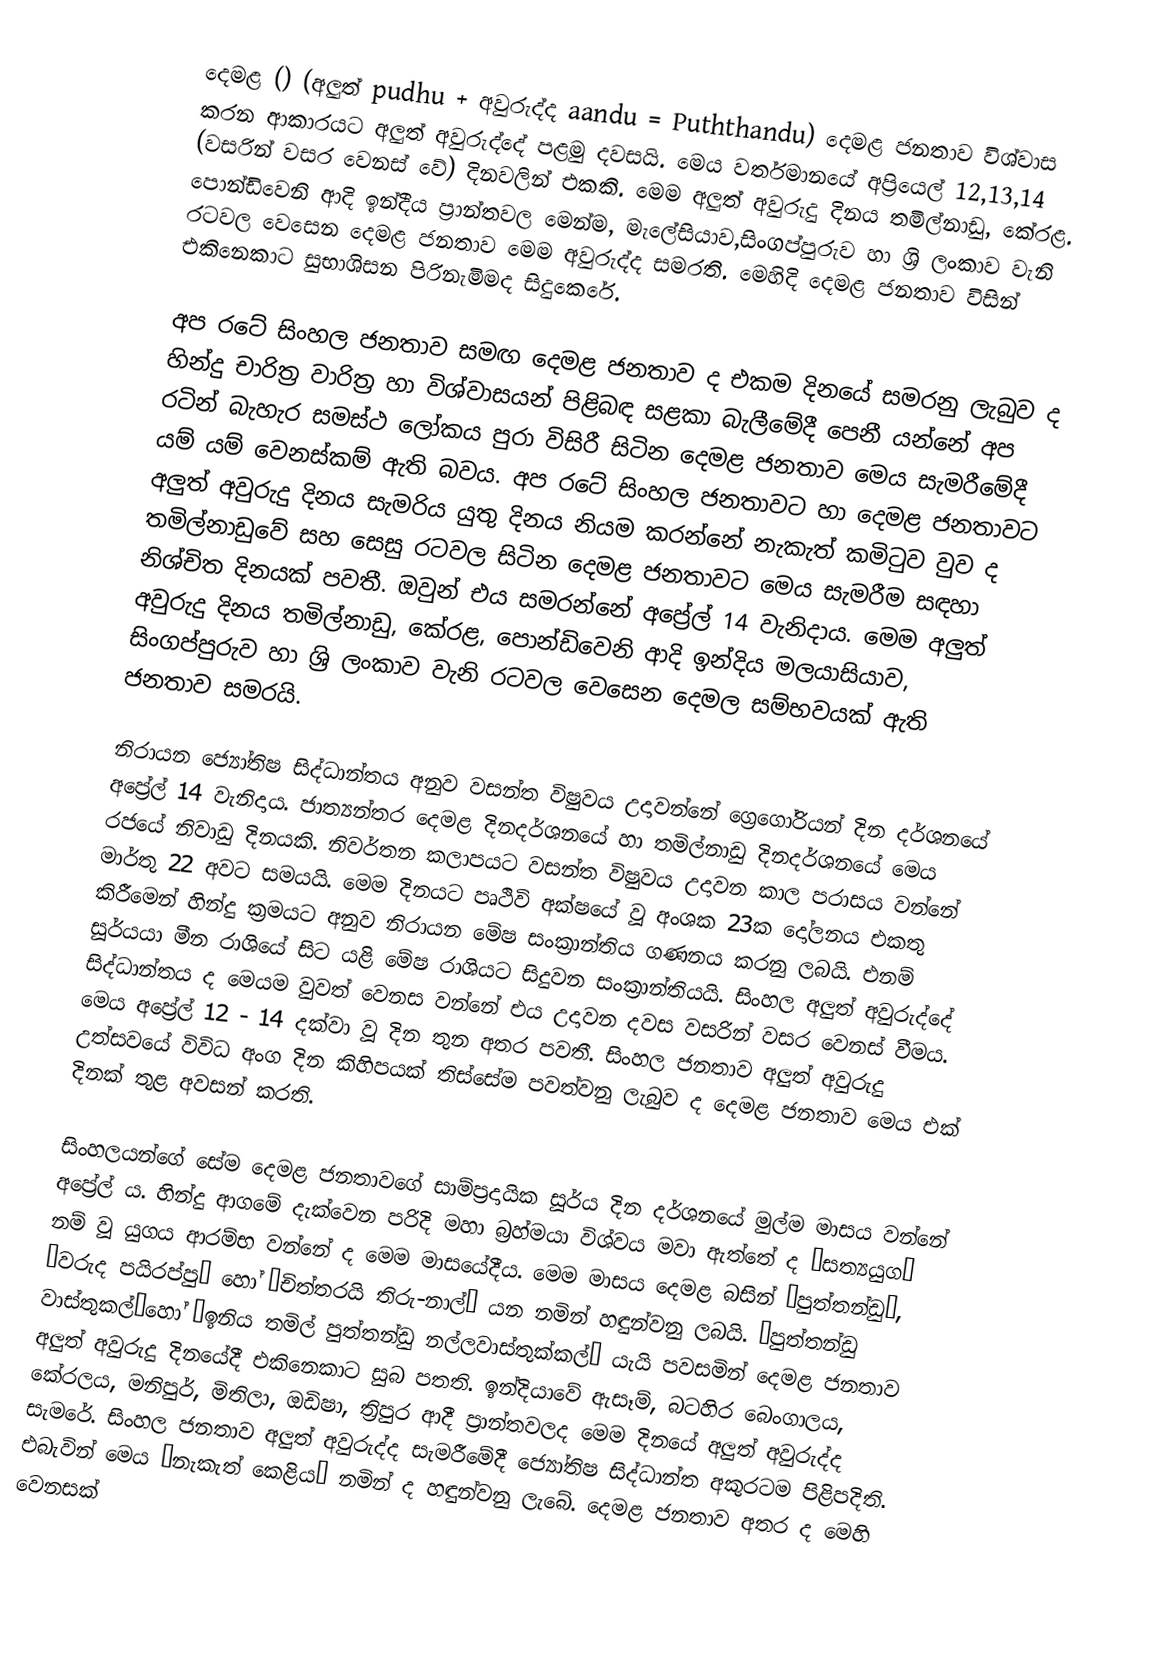
දෙමළ  () (අලුත් pudhu + අවුරුද්ද aandu = Puththandu)   දෙමළ ජනතාව විශ්වාස කරන ආකාරයට අලුත් අවුරුද්දේ පළමු දවසයි. මෙය වර්තමානයේ අප්‍රියෙල් 12,13,14 (වසරින් වසර වෙනස් වේ) දිනවලින් එකකි. මෙම අලුත් අවුරුදු දිනය තමිල්නාඩු, කේරළ. පොන්ඩිවෙනි ආදි ඉන්දීය ප්‍රාන්තවල මෙන්ම, මැලේසියාව,සිංගප්පුරුව හා ශ්‍රි ලංකාව වැනි රටවල වෙසෙන දෙමළ ජනතාව මෙම අවුරුද්ද සමරති. මෙහිදි දෙමළ ජනතාව විසින් එකිනෙකාට සුභාශිසන පිරිනැමිමද සිදුකෙරේ.

අප රටේ සිංහල ජනතාව සමඟ දෙමළ ජනතාව ද එකම දිනයේ සමරනු ලැබුව ද හින්දු චාරිත්‍ර වාරිත්‍ර හා විශ්වාසයන් පිළිබඳ සළකා බැලීමේදී පෙනී යන්නේ අප රටින් බැහැර සමස්ථ ලෝකය පුරා විසිරී සිටින දෙමළ ජනතාව මෙය සැමරීමේදී යම් යම් වෙනස්කම් ඇති බවය. අප රටේ සිංහල ජනතාවට හා දෙමළ ජනතාවට අලුත් අවුරුදු දිනය සැමරිය යුතු දිනය නියම කරන්නේ නැකැත් කමිටුව වුව ද තමිල්නාඩුවේ සහ සෙසු රටවල සිටින දෙමළ ජනතාවට මෙය සැමරීම සඳහා නිශ්චිත දිනයක් පවතී. ඔවුන් එය සමරන්නේ අප්‍රේල් 14 වැනිදාය. මෙම අලුත් අවුරුදු දිනය තමිල්නාඩු, කේරළ, පොන්ඩිවෙනි ආදි ඉන්දිය මලයාසියාව, සිංගප්පුරුව හා ශ්‍රි ලංකාව වැනි රටවල වෙසෙන දෙමල සම්භවයක් ඇති ජනතාව සමරයි.

නිරායන ජ්‍යෝතිෂ සිද්ධාන්තය අනුව වසන්ත විෂුවය උදාවන්නේ ග්‍රෙගෝරියන් දින දර්ශනයේ අප්‍රේල් 14 වැනිදාය. ජාත්‍යන්තර දෙමළ දිනදර්ශනයේ හා තමිල්නාඩු දිනදර්ශනයේ මෙය රජයේ නිවාඩු දිනයකි. නිවර්තන කලාපයට වසන්ත විෂුවය උදාවන කාල පරාසය වන්නේ මාර්තු 22 අවට සමයයි. මෙම දිනයට පෘථිවි අක්ෂයේ වූ අංශක 23ක දෝලනය එකතු කිරීමෙන් හින්දු ක්‍රමයට අනුව නිරායන මේෂ සංක්‍රාන්තිය ගණනය කරනු ලබයි. එනම් සූර්යයා මීන රාශියේ සිට යළි මේෂ රාශියට සිදුවන සංක්‍රාන්තියයි. සිංහල අලුත් අවුරුද්දේ සිද්ධාන්තය ද මෙයම වුවත් වෙනස වන්නේ එය උදාවන දවස වසරින් වසර වෙනස් වීමය. මෙය අප්‍රේල් 12 - 14 දක්වා වූ දින තුන අතර පවතී.  සිංහල ජනතාව අලුත් අවුරුදු උත්සවයේ විවිධ අංග දින කිහිපයක් තිස්සේම පවත්වනු ලැබුව ද දෙමළ ජනතාව මෙය එක් දිනක් තුළ අවසන් කරති.

සිංහලයන්ගේ සේම දෙමළ ජනතාවගේ සාම්ප්‍රදායික සූර්ය දින දර්ශනයේ මුල්ම මාසය වන්නේ අප්‍රේල් ය. හින්දු ආගමේ දැක්වෙන පරිදි මහා බ්‍රහ්මයා විශ්වය මවා ඇත්තේ ද ‛සත්‍යයුග’ නම් වූ යුගය ආරම්භ වන්නේ ද මෙම මාසයේදීය. මෙම මාසය දෙමළ බසින් ‛පුත්තන්ඩු’, ‛වරුද පයිරප්පු’  හෝ ‛චිත්තරයි තිරු-නාල්’ යන නමින් හඳුන්වනු ලබයි. ‛පුත්තන්ඩු වාස්තුකල්’හෝ ‛ඉනිය තමිල් පුත්තන්ඩු නල්ලවාස්තුක්කල්’ යැයි පවසමින් දෙමළ ජනතාව අලුත් අවුරුදු දිනයේදී එකිනෙකාට සුබ පතති. ඉන්දියාවේ ඇසෑම්, බටහිර බෙංගාලය, කේරලය, මනිපුර්, මිතිලා, ඔඩිෂා, ත්‍රිපුර ආදී ප්‍රාන්තවලද මෙම දිනයේ අලුත් අවුරුද්ද සැමරේ. සිංහල ජනතාව අලුත් අවුරුද්ද සැමරීමේදී ජ්‍යෝතිෂ සිද්ධාන්ත අකුරටම පිළිපදිති. එබැවින් මෙය ‛නැකැත් කෙළිය’ නමින් ද හඳුන්වනු ලැබේ. දෙමළ ජනතාව අතර ද මෙහි වෙනසක්